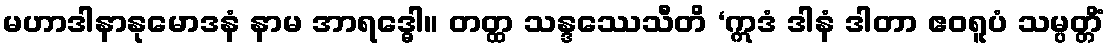
မဟာဒါနာနုမောဒနံ နာမ အာရဒ္ဓေါ။ တတ္ထ သန္ဒဿေသီတိ ‘ဣဒံ ဒါနံ ဒါတာ ဧဝရူပံ သမ္ပတ္တိံ